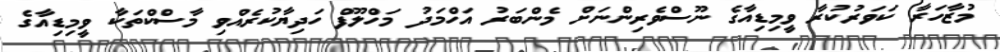
މުޒާހަރާ ކަވަރުކުރާ ވީމިޑިއާގެ ނޫސްވެރިންނަށް މެންބަރު އަހްމަދު މަހްލޫފް ހަދިޔާކުރެއްވި މާސްކްތަކާ ވީމިޑިއާގެ